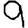
Digit: 9